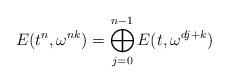
LaTeX: \begin{align*}E(t^n,\omega^{nk}) = \bigoplus_{j=0}^{n-1}E(t,\omega^{dj+k})\end{align*}